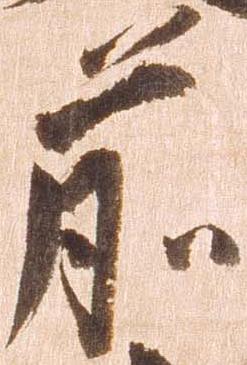
前